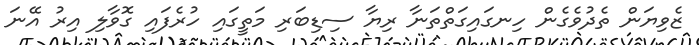
ޒެވިޔަން ތެދުވެގެން ހިނގައިގަތްތަނާ ރިޔާ ސިޑިބަރި މަތީގައި ހުރެފައި ގޮވާލި އިރު އޭނަ